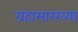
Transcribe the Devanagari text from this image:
ग्रहासारख्या